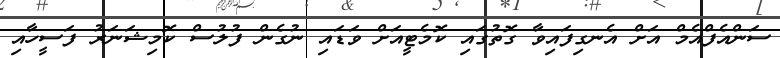
ސަންއެފްއެމް އަށް އެނގިފައިވާ ގޮތުގައި ކޮމެޓީއަށް ވަޑައި ނުގެން ފުލުސް ކޮމިޝަނަރު ފަސީހާއި